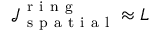
\mathcal { J } _ { \mathrm { ~ s ~ p ~ a ~ t ~ i ~ a ~ l ~ } } ^ { \mathrm { ~ r ~ i ~ n ~ g ~ } } \approx L